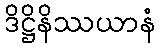
ဒိဋ္ဌိနိဿယာနံ